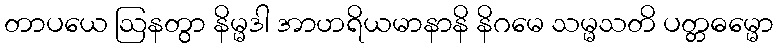
တာပယေ ဩနတွာ နိမ္မဒါ အာဟရိယမာနာနိ နိဂမေ သမ္မသတိ ပတ္တဓမ္မော